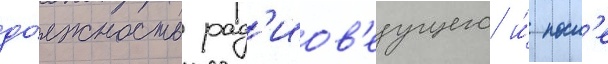
до́лжность рад'иов'едущего и́ посл'е